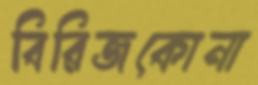
বিরিজকোনা